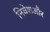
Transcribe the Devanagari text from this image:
निवेशऔर